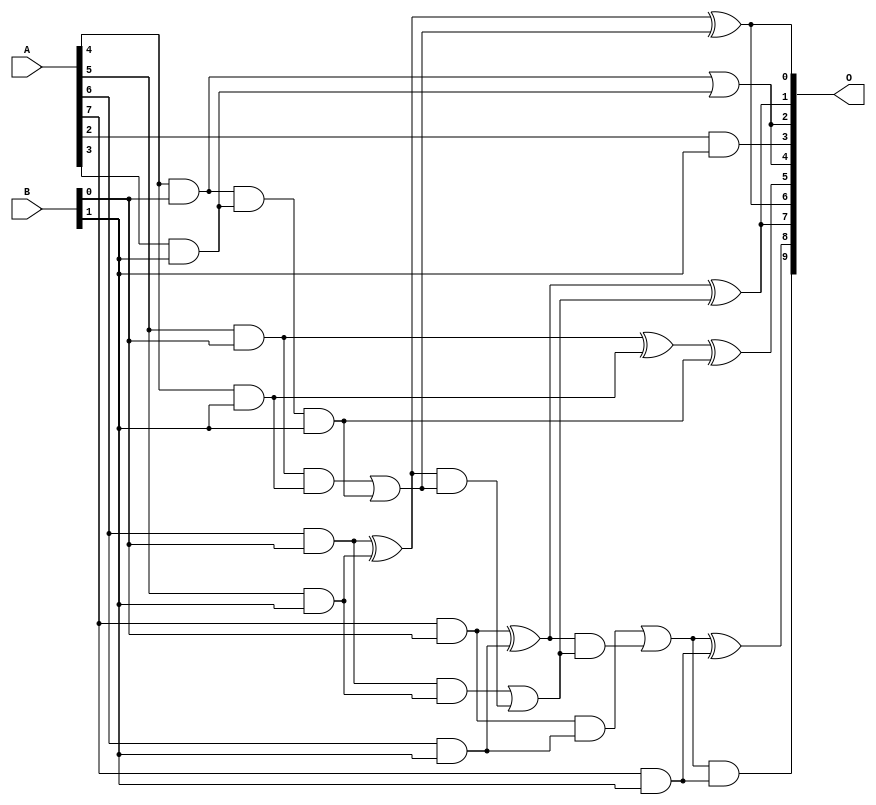
/***
* This code is a part of EvoApproxLib library (ehw.fit.vutbr.cz/approxlib) distributed under The MIT License.
* When used, please cite the following article(s): V. Mrazek, L. Sekanina, Z. Vasicek "Libraries of Approximate Circuits: Automated Design and Application in CNN Accelerators" IEEE Journal on Emerging and Selected Topics in Circuits and Systems, Vol 10, No 4, 2020 
* This file contains a circuit from a sub-set of pareto optimal circuits with respect to the pwr and wce parameters
***/
// MAE% = 0.35 %
// MAE = 3.5 
// WCE% = 1.66 %
// WCE = 17 
// WCRE% = 100.00 %
// EP% = 69.14 %
// MRE% = 6.59 %
// MSE = 27 
// PDK45_PWR = 0.018 mW
// PDK45_AREA = 70.4 um2
// PDK45_DELAY = 0.40 ns

module mul8x2u_15A (
    A,
    B,
    O
);

input [7:0] A;
input [1:0] B;
output [9:0] O;

wire sig_14,sig_15,sig_16,sig_17,sig_18,sig_21,sig_22,sig_23,sig_24,sig_25,sig_38,sig_39,sig_42,sig_43,sig_44,sig_45,sig_46,sig_47,sig_48,sig_49;
wire sig_50,sig_51,sig_52,sig_53,sig_54,sig_55,sig_56,sig_57,sig_58,sig_59;

assign sig_14 = A[4] & B[0];
assign sig_15 = A[5] & B[0];
assign sig_16 = A[6] & B[0];
assign sig_17 = A[7] & B[0];
assign sig_18 = A[2] & B[1];
assign sig_21 = A[3] & B[1];
assign sig_22 = A[4] & B[1];
assign sig_23 = A[5] & B[1];
assign sig_24 = A[6] & B[1];
assign sig_25 = A[7] & B[1];
assign sig_38 = sig_14 | sig_21;
assign sig_39 = sig_14 & sig_21;
assign sig_42 = sig_39 & B[1];
assign sig_43 = sig_15 ^ sig_22;
assign sig_44 = sig_15 & sig_22;
assign sig_45 = B[1] & sig_39;
assign sig_46 = sig_43 ^ sig_42;
assign sig_47 = sig_44 | sig_45;
assign sig_48 = sig_16 ^ sig_23;
assign sig_49 = sig_16 & sig_23;
assign sig_50 = sig_48 & sig_47;
assign sig_51 = sig_48 ^ sig_47;
assign sig_52 = sig_49 | sig_50;
assign sig_53 = sig_17 ^ sig_24;
assign sig_54 = sig_17 & sig_24;
assign sig_55 = sig_53 & sig_52;
assign sig_56 = sig_53 ^ sig_52;
assign sig_57 = sig_54 | sig_55;
assign sig_58 = sig_57 & sig_25;
assign sig_59 = sig_57 ^ sig_25;

assign O[9] = sig_58;
assign O[8] = sig_59;
assign O[7] = sig_56;
assign O[6] = sig_51;
assign O[5] = sig_46;
assign O[4] = sig_38;
assign O[3] = sig_18;
assign O[2] = sig_38;
assign O[1] = sig_56;
assign O[0] = sig_51;

endmodule